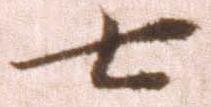
七